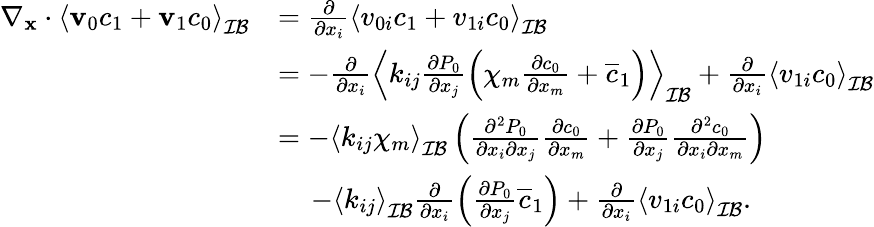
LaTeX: \begin{array}{rl}{\nabla_{\mathbf x}\cdot\left\langle\mathbf v_{0}c_{1}+\mathbf v_{1}c_{0}\right\rangle_{\mathcal{IB}}}&{=\frac{\partial}{\partial x_{i}}\left\langle v_{0i}c_{1}+v_{1i}c_{0}\right\rangle_{\mathcal{IB}}}\\ &{=-\frac{\partial}{\partial x_{i}}\left\langle k_{ij}\frac{\partial P_{0}}{\partial x_{j}}\left(\chi_{m}\frac{\partial c_{0}}{\partial x_{m}}+\overline{{c}}_{1}\right)\right\rangle_{\mathcal{IB}}+\frac{\partial}{\partial x_{i}}\left\langle v_{1i}c_{0}\right\rangle_{\mathcal{IB}}}\\ &{=-\left\langle k_{ij}\chi_{m}\right\rangle_{\mathcal{IB}}\left(\frac{\partial^{2}P_{0}}{\partial x_{i}\partial x_{j}}\frac{\partial c_{0}}{\partial x_{m}}+\frac{\partial P_{0}}{\partial x_{j}}\frac{\partial^{2}c_{0}}{\partial x_{i}\partial x_{m}}\right)}\\ &{\quad\, -\left\langle k_{ij}\right\rangle_{\mathcal{IB}}\frac{\partial}{\partial x_{i}}\left(\frac{\partial P_{0}}{\partial x_{j}}\overline{{c}}_{1}\right)+\frac{\partial}{\partial x_{i}}\left\langle v_{1i}c_{0}\right\rangle_{\mathcal{IB}}.}\end{array}